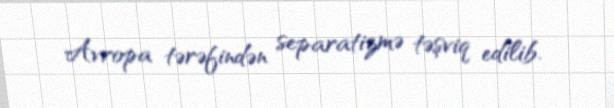
Avropa tərəfindən separatizmə təşviq edilib.